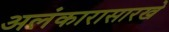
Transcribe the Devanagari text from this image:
अलंकारासारखे